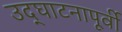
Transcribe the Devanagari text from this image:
उद्‌घाटनापूर्वी